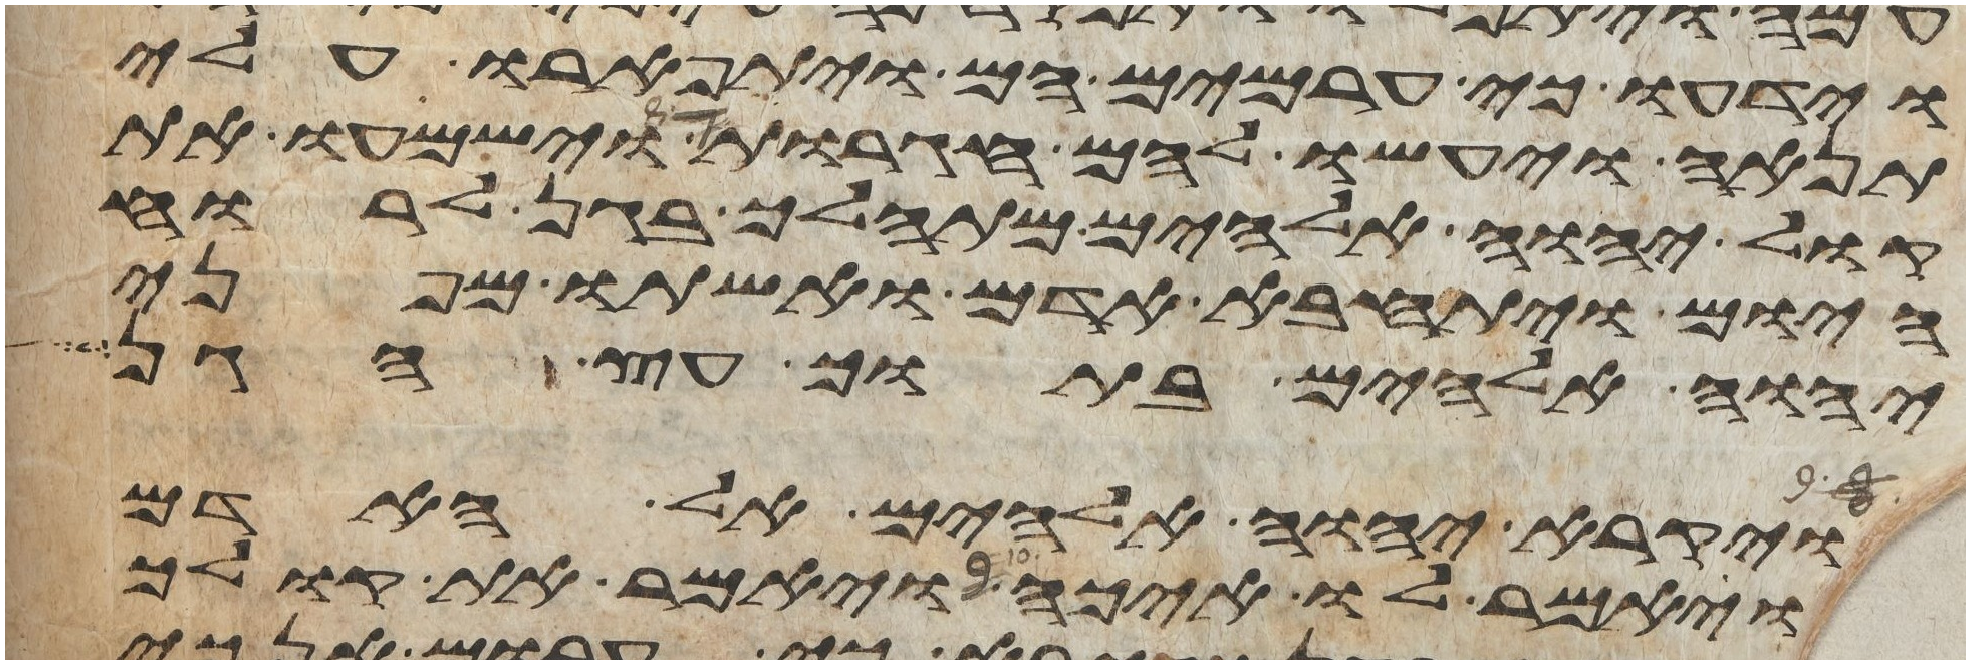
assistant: וידעו כי ערמים הם ויתפארו עלי
תאנה ויעשו להם חגרות וישמעו את
קול יהוה אלהים מתהלך בגן לרוח
היום ויתחבא אדם ואשתו מפני
יהוה אלהים בתוך עץ הגן
ויקרא יהוה אלהים אל האדם
ויאמר לו איכה ויאמר את קולך